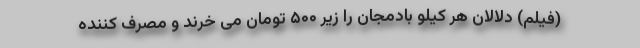
(فیلم) دلالان هر کیلو بادمجان را زیر ۵۰۰ تومان می خرند و مصرف کننده